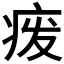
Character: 𬏦